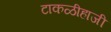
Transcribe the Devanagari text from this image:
टाकळीहाजी